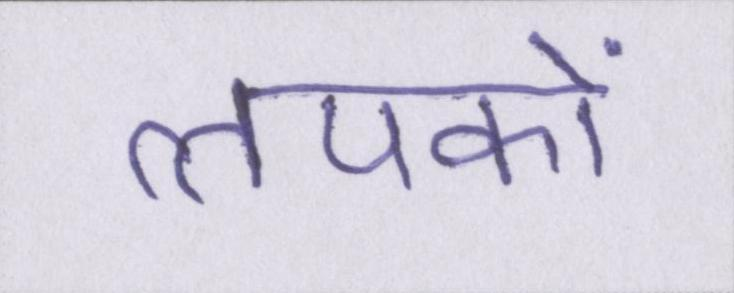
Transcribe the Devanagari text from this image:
लपकाें